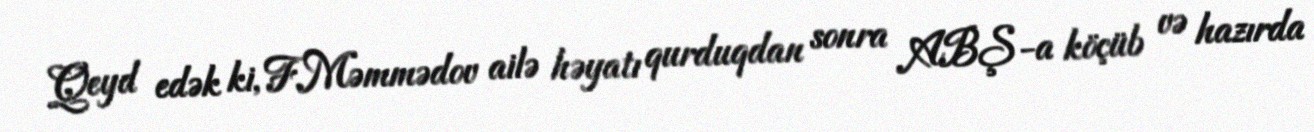
Qeyd edək ki, F.Məmmədov ailə həyatı qurduqdan sonra ABŞ-a köçüb və hazırda